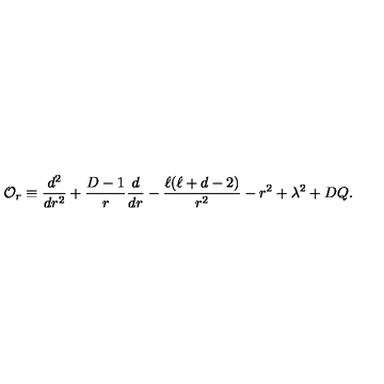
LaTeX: { \cal O } _ { r } \equiv \frac { d ^ { 2 } } { d r ^ { 2 } } + \frac { D - 1 } { r } \frac { d } { d r } - \frac { \ell ( \ell + d - 2 ) } { r ^ { 2 } } - r ^ { 2 } + \lambda ^ { 2 } + D Q .